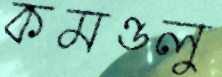
কমণ্ডলু